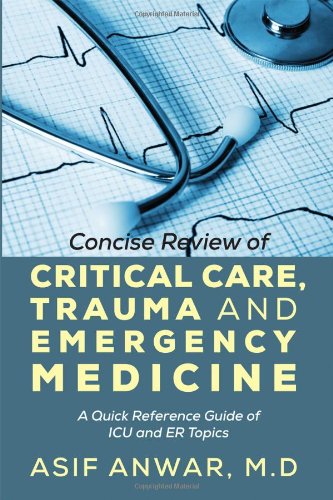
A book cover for Concise Review of Critical Care, Trauma and Emergency Medicine: A Quick Reference Guide of ICU and ER Topics; Asif Anwar; Medical Books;